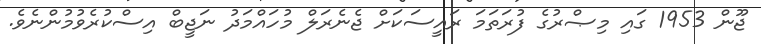
ޖޫން 1953 ގައި މިޞްރުގެ ފުރަތަމަ ރައީސަކަށް ޖެނެރަލް މުހައްމަދު ނަޖީބް އިސްކުރެވުމުންނެވެ.